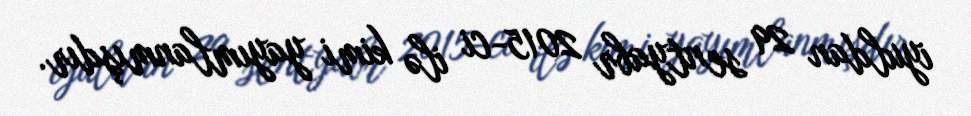
iyuldan 29 sentyabr 2015-ci ilə kimi yayımlanmışdır.